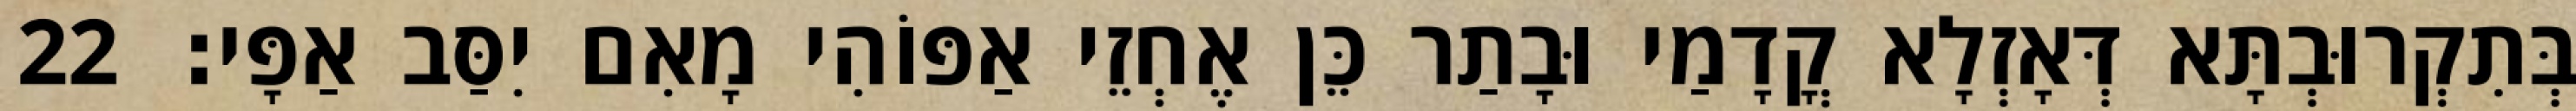
בְּתִקְרוּבְתָּא דְּאָזְלָא קֳדָמַי וּבָתַר כֵּן אֶחְזֵי אַפּוֹהִי מָאִם יִסַּב אַפָּי׃ 22